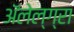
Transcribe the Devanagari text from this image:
अॅलेल्ग्रा